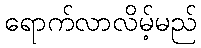
ရောက်လာလိမ့်မည်